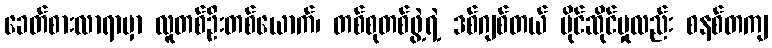
ခေတ်စားလာရာမှာ လူတစ်ဦးတစ်ယောက်၊ တစ်စုတစ်ဖွဲ့ရဲ့ ဒစ်ဂျစ်တယ် ပိုင်ဆိုင်မှုလည်း စနစ်တကျ